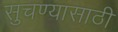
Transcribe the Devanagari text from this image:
सुचण्यासाठी